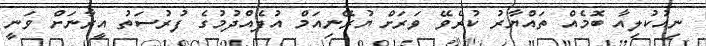
ނިއުކުލިއާ ބޮމެއް ތައްޔާރު ކުރެވޭ ވަރަށް ޔުރޭނިއަމް އުފެއްދުމުގެ ފުރުސަތު އީރާނަށް ވަނީ